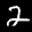
Label: 2